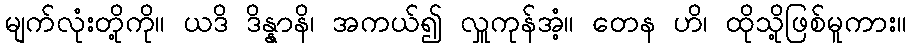
မျက်လုံးတို့ကို။ ယဒိ ဒိန္နာနိ၊ အကယ်၍ လှူကုန်အံ့။ တေန ဟိ၊ ထိုသို့ဖြစ်မူကား။